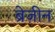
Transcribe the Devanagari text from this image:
ब्रेज़ीन